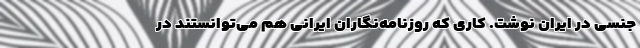
جنسی در ایران نوشت. کاری که روزنامه‌نگاران ایرانی هم می‌توانستند در